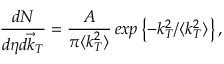
{ \frac { d N } { d \eta d \vec { k } _ { T } } } = { \frac { A } { \pi \langle k _ { T } ^ { 2 } \rangle } } \, e x p \left\{ - k _ { T } ^ { 2 } / \langle k _ { T } ^ { 2 } \rangle \right\} ,